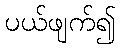
ပယ်ဖျက်၍